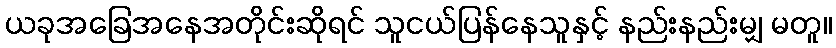
ယခုအခြေအနေအတိုင်းဆိုရင် သူငယ်ပြန်နေသူနှင့် နည်းနည်းမျှ မတူ။